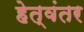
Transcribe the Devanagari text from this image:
हेत्वंतर